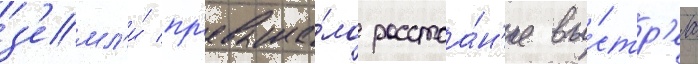
з'емл'и́ пр'евыша́ло расстоа́н'ие вы́стр'ела